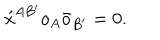
LaTeX: \acute { x } ^ { A B ^ { \prime } } o _ { A } \bar { o } _ { B ^ { \prime } } = 0 .